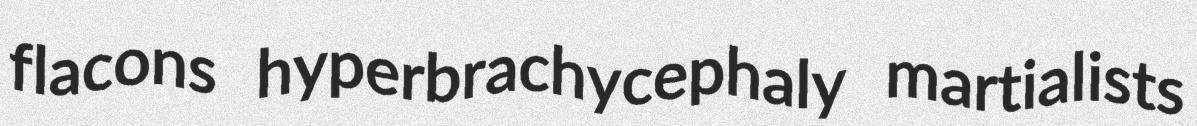
flacons hyperbrachycephaly martialists